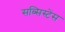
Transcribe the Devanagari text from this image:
सब्सिस्टेंस